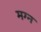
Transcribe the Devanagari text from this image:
मग्‍न